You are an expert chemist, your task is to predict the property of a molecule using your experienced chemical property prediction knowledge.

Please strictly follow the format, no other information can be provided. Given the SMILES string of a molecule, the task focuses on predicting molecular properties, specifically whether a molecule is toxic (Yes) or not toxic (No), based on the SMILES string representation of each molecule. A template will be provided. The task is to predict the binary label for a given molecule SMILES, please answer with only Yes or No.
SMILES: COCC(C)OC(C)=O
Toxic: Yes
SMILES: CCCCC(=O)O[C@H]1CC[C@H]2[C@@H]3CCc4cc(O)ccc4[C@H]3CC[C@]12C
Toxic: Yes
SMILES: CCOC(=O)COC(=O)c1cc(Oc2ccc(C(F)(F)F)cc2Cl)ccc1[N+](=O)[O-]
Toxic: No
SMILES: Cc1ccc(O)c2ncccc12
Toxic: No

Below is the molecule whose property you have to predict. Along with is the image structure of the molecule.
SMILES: CCOC(=O)Nc1cccc(OC(=O)Nc2ccccc2)c1
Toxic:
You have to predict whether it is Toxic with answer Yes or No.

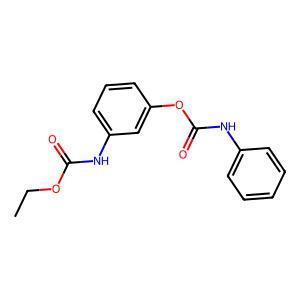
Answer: No